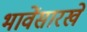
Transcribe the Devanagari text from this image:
भावेंसारखे